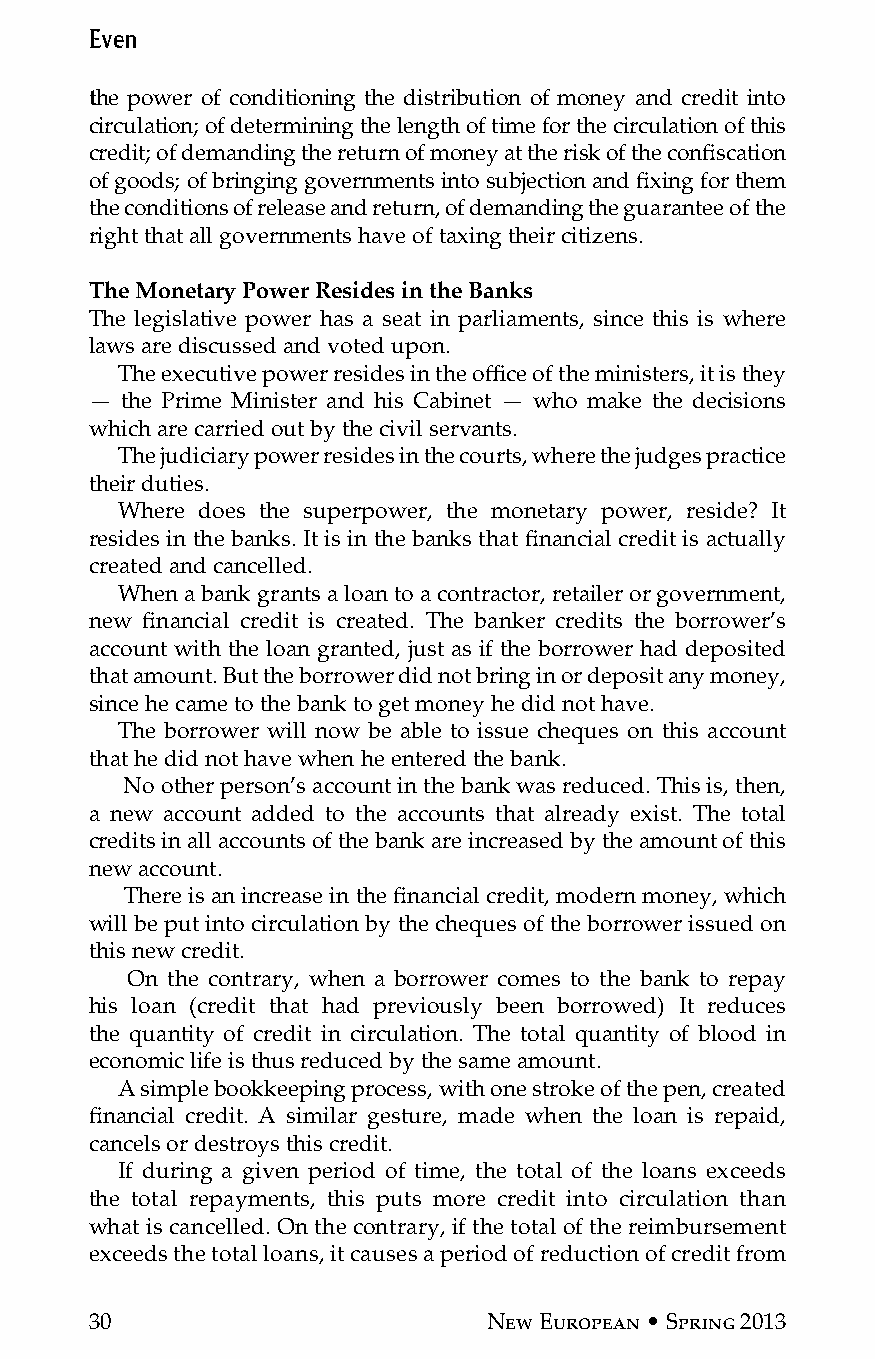
Even
 the power of conditioning the distribution of money and credit into
 circulation; of determining the length of time for the circulation of this
 credit; of demanding the return of money at the risk of the confiscation
 of goods; of bringing governments into subjection and fixing for them
 the conditions of release and return, of demanding the guarantee of the
 right that all governments have of taxing their citizens.
 The Monetary Power Resides in the Banks
 The legislative power has a seat in parliaments, since this is where
 laws are discussed and voted upon.
 The executive power resides in the office of the ministers, it is they
 — the Prime Minister and his Cabinet — who make the decisions
 which are carried out by the civil servants.
 The judiciary power resides in the courts, where the judges practice
 their duties.
 Where does the superpower, the monetary power, reside? It
 resides in the banks. It is in the banks that financial credit is actually
 created and cancelled.
 When a bank grants a loan to a contractor, retailer or government,
 new financial credit is created. The banker credits the borrower’s
 account with the loan granted, just as if the borrower had deposited
 that amount. But the borrower did not bring in or deposit any money,
 since he came to the bank to get money he did not have.
 The borrower will now be able to issue cheques on this account
 that he did not have when he entered the bank.
 No other person’s account in the bank was reduced. This is, then,
 a new account added to the accounts that already exist. The total
 credits in all accounts of the bank are increased by the amount of this
 new account.
 There is an increase in the financial credit, modern money, which
 will be put into circulation by the cheques of the borrower issued on
 this new credit.
 On the contrary, when a borrower comes to the bank to repay
 his loan (credit that had previously been borrowed) It reduces
 the quantity of credit in circulation. The total quantity of blood in
 economic life is thus reduced by the same amount.
 A simple bookkeeping process, with one stroke of the pen, created
 financial credit. A similar gesture, made when the loan is repaid,
 cancels or destroys this credit.
 If during a given period of time, the total of the loans exceeds
 the total repayments, this puts more credit into circulation than
 what is cancelled. On the contrary, if the total of the reimbursement
 exceeds the total loans, it causes a period of reduction of credit from
 30                        New European • Spring 2013